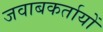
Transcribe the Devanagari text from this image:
जवाबकर्तायों